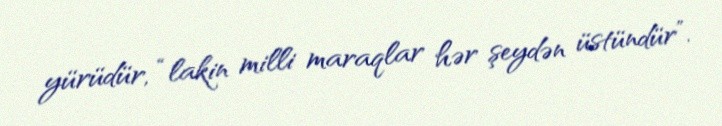
yürüdür, “lakin milli maraqlar hər şeydən üstündür”.